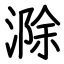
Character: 滁